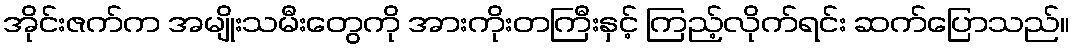
အိုင်းဇက်က အမျိုးသမီးတွေကို အားကိုးတကြီးနှင့် ကြည့်လိုက်ရင်း ဆက်ပြောသည်။